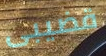
قضيبى